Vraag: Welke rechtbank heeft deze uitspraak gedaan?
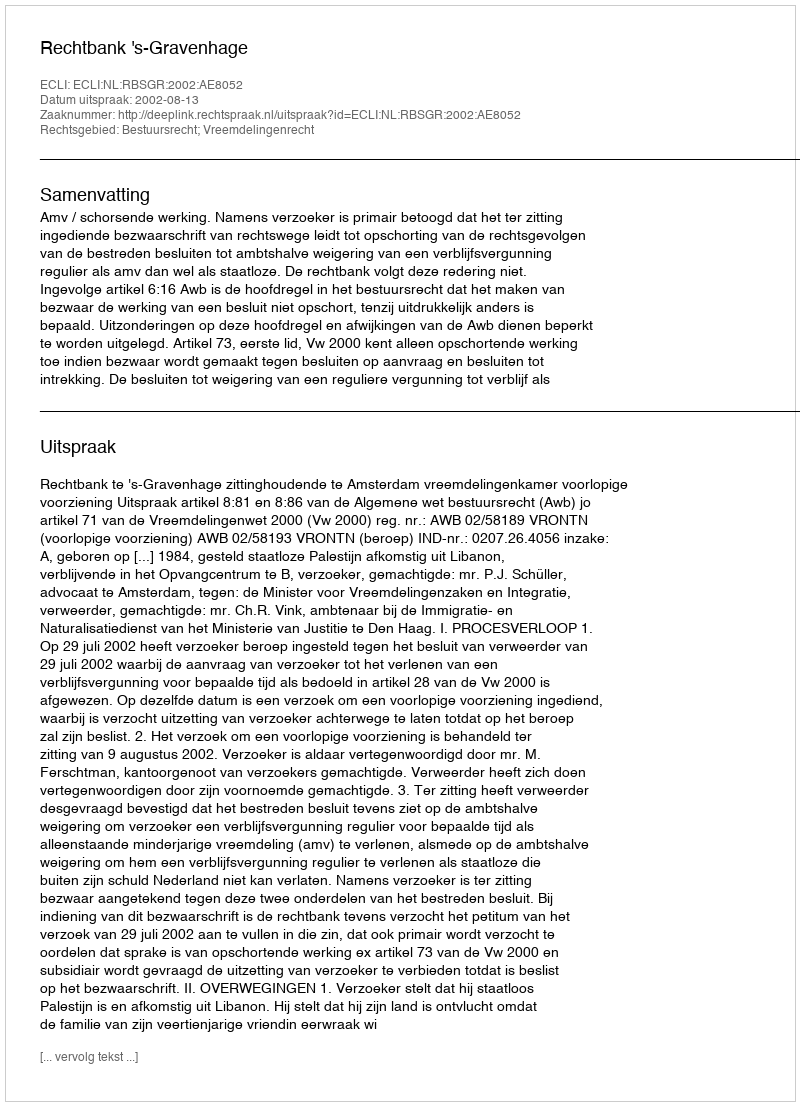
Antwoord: Rechtbank 's-Gravenhage